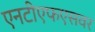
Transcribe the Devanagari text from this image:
एनटीएफएसवर